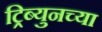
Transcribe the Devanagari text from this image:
ट्रिब्युनच्या